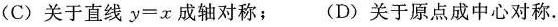
(C)关于直线$$y=x$$成轴对称；(D)关于原点成中心对称.